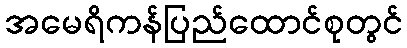
အမေရိကန်ပြည်ထောင်စုတွင်